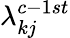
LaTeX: \lambda_{kj}^{c-1st}